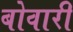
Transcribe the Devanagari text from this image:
बोवारी